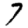
Digit: 7